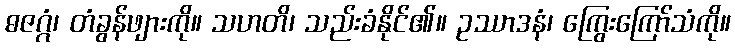
ဓဇဂ္ဂံ၊ တံခွန်ဖျားကို။ သဟတိ၊ သည်းခံနိုင်၏။ ဥဿာဒနံ၊ ကြွေးကြော်သံကို။